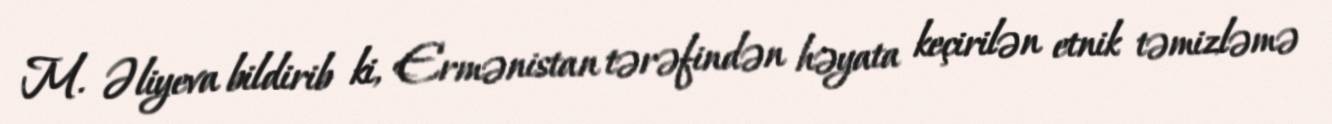
M. Əliyeva bildirib ki, Ermənistan tərəfindən həyata keçirilən etnik təmizləmə